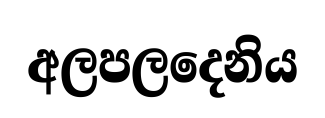
අලපලදෙනිය